Vaccination in the Punjab 1919-1929 - 1919-1929
Year: 1919
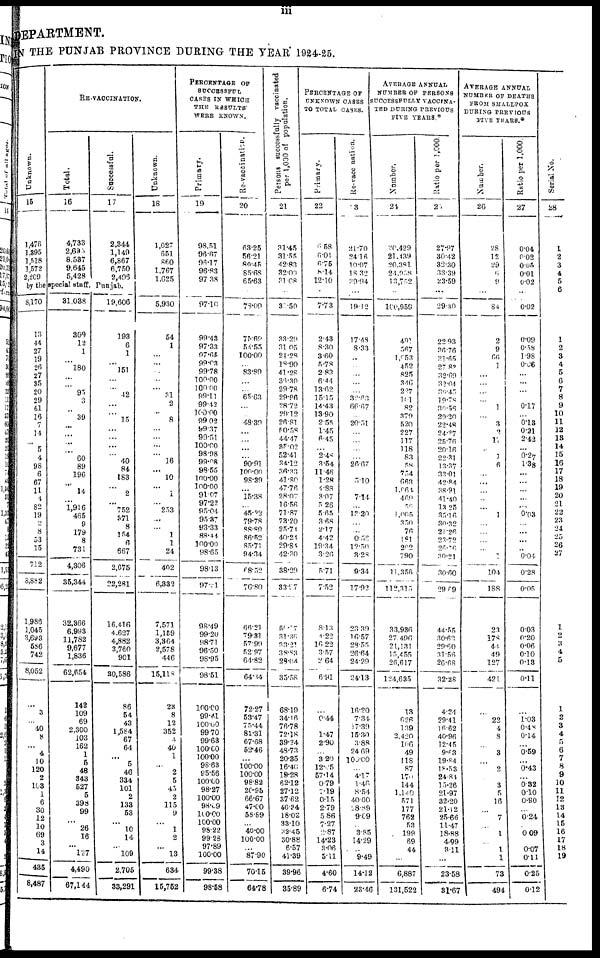
iii
DEPARTMENT.
IN THE PUNJAB PROVINCE DURING THE YEAR 1924-25.
Unknown.
15
1,476
1,395
1,518
1,572
2,209
RE-VACCINATION.
Total.
16
4,733
2,695
8,537
9,645
5,428
Successful.
17
2,344
1,149
6,867
6,750
2,496
by the special staff, Punjab.
8,170
13
44
27
19
26
27
35
20
29
61
16
7
14
...
5
4
98
6
67
11
4
82
19
2
8
53
15
712
8,882
1,986
1,045
3,693
586
742
8,052
...
3
...
40
8
...
4
10
120
2
103
1
6
30
12
10
69
3
14
435
8,487
31,038
309
12
1
...
180
...
...
95
3
...
39
...
...
...
...
60
89
196
...
14
... 1,916
465
9
179
8
731
4,306
35,344
32,366
6,993
11,782
9,677
1,836
62,654
142
109
69
2,300
103
162
1
5
48
343
527
5
398
99
...
26
16
...
137
4,490
67,144
19,606
193
6
1
...
151
...
...
12
...
...
15
...
...
...
...
40
84
183
...
2
...
752
371
8
154
6
667
2,675
22,281
16,416
4,627
4,882
3,760
901
30,586
86
54
43
1,584
67
64
...
5
46
334
101
2
133
53
...
10
14
...
109
2,705
33,291
Unknown.
18
1,027
651
860
1,767
1,625
...
5,930
54
1
...
...
...
...
...
31
2
...
8
...
...
...
...
16
...
10
...
1
...
253
...
...
1
1
24
402
6,332
7,571
1,159
3,364
2,578
446
15,118
23
8
12
352
4
40
1
...
2
5
45
2
115
9
...
1
2
... 13
634
15,752
PERCENTAGE OF
SUCCESSFUL
CASES IN WHICH
THE RESULTS
WERE KNOWN.
Primary.
19
98.51
96.67
96.17
96.83
97.38
...
97.10
99.43
97.33
97.65
99.03
99.78
100.00
100.00
99.11
99.42
100.00
99.02
99.37
99.51
100.00
98.98
99.08
98.55
100.00
100.00
91.07
97.22
95.04
95.37
93.33
88.44
100.00
98.65
98.13
97.21
98.49
99.20
98.71
96.50
98.95
98.51
100.00
99.41
100.00
99.70
99.63
100.00
100.00
98.63
95.56
100.00
98.27
100.00
98.09
100.00
100.00
98.22
99.28
97.89
100.00
99.38
98.58
Re-vaccination.
20
63.25
56.21
89.45
85.68
65.63
...
78.09
75.69
54.55
100.00
...
83.89
...
...
65.63
...
...
48.39
...
...
...
...
90.91
100.00
98.39
...
15.38
...
45.22
79.78
88.89
86.52
85.71
94.34
68.52
76.80
66.21
79.31
57.99
52.97
64.82
64.34
72.27
53.47
75.44
81.31
67.68
52.46
...
100.00
100.00
98.82
20.95
66.67
47.00
58.89
...
40.00
100.00
...
87.90
70.15
64.78
Persons successfully vaccinated
per 1,000 of population.
21
31.45
31.55
42.83
32.00
31.08
...
32.50
33.29
31.05
21.28
l8.90
41.28
36.30
29.78
29.96
28.72
29.12
26.81
50.58
44.47
35.02
52.41
34.12
36.33
41.80
47.76
28.07
16.56
71.87
73.20
25.74
40.24
29.84
42.20
38.29
33.97
50.77
31.36
33.21
38.83
29.04.
35.58
68.19
34.16
76.78
72.18
39.24
48.73
20.35
16.40
19.28
62.12
27.12
37.62
40.34
18.02
33.10
32.45
30.88
6.57
41.39
39.96
35.89
PERCENTAGE OF
UNKNOWN CASES
TOTAL CASES.
Primary.
22
6. 58
6.01
6.75
8.14
12.10
...
7.73
2.43
8.30
3.60
5.78
2.83
6.44
13.62
15.15
14.43
13.90
2.55
1.45
6.45
...
2.48
3.54
11.46
1.28
4.88
3.07
5.26
5.65
3.68
2.17
4.42
18.34
3.26
5.71
7.52
8.13
1.22
16.22
3.57
2.64
6.91
...
0.44
...
1.47
2.90
...
3.20
12.05
57.14
0.79
7.19
0.15
2.79
5.86
7.27
2.87
14.23
3.06
5.11
4.60
6.74
Re-vaccination.
23
21.70
24.16
10.07
18.32
39.94
...
19.12
17.48
8.33
...
...
...
...
...
32.63
66.67
...
20.51
...
...
...
...
26.67
...
5.10
...
7.14
...
13.20
...
...
0.56
12.50
3.28
9.34
17.92
23.39
16.57
28.55
26.64
24.29
24.13
16.20
7.34
17.39
15.30
3.88
24.69
100.00
...
4.17
1.46
8.54
40.00
28.89
9.09
...
3.85
14.29
...
9.49
14.12
23.46
AVERAGE ANNUAL
NUMBER OF PERSONS
SUCCESSFULLY
VACCINA¬
TED DURING PREVIOUS
FIVE YEARS.*
Number.
24
20,429
21,439
20,381
24,958
13,752
...
100,959
491
567
1,053
452
825
346
227
101
82
379
520
227
117
118
83
58
754
663
1,064
469
56
1,005
350
76
181
202
790
11,356
112,315
33,936
27,496
21,131
15,455
26,617
124,635
13
626
139
2,420
106
49
118
87
170
144
1,140
571
177
762
53
199
69
44
6,887
131,522
Ratio per 1,000.
25
27.97
30.42
32.30
33.39
23.59
...
29.30
22.93
36.76
31.65
27.83
32.69
32.04
30.45
19.78
30.56
29.20
22.48
24.27
25.76
20.16
22.31
13.37
33.01
42.84
38.91
41.40
13.25
35.16
30.32
21.26
23.72
26.56
30.21
30.60
29.69
44.55
30.63
29.60
31.56
26.68
32.28
4.24
29.41
16.62
40.96
12.45
9.63
19.84
18.53
24.84
15.26
21.97
32.20
2l.12
25.66
11.47
18.88
4.99
3.11
...
23.58
31.67
AVERAGE ANNUAL
NUMBER OF DEATHS
FROM SMALLPOX
DURING PREVIOUS
FIVE YEARS.*
Number.
26
28
12
29
6
9
...
84
2
9
66
1
...
...
...
...
1
...
3
2
11
...
1
6
...
...
...
...
...
1
...
...
...
...
1
104
188
23
178
44
49
127
421
...
22
4
8
...
3
...
2
...
3
5
16
... 7
1
...
1
1
73
494
Ratio per 1,000.
27
0.04
0.02
0.05
0.01
0.02
...
0.02
0.09
0.58
1.98
0.06
...
...
...
...
0.17
...
0.13
0.21
2.42
...
0.27
1.38
...
...
...
...
... 0.03
...
...
...
...
0.04
0.28
0.05
0.03
0.20
0.06
0.10
0.13
0.11
...
1.03
0.48
0.14
...
0.59
...
0.43
...
0.32
0.10
0.90
...
0.24
0.09
...
0.07
0.11
0.25
0.12
28
1
2
3
4
5
6
1
2
3
4
5
6
7
8
10
11
12
13
14
15
16
17
18
19
20
21
22
23
24
25
26
27
1
2
3
4
5
1
2
3
4
5
6
7
8
9
10
11
12
13
14
15
16
17
18
19